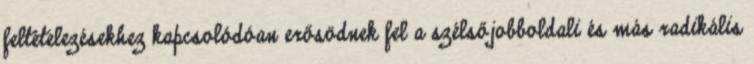
feltételezésekhez kapcsolódóan erősödnek fel a szélsőjobboldali és más radikális